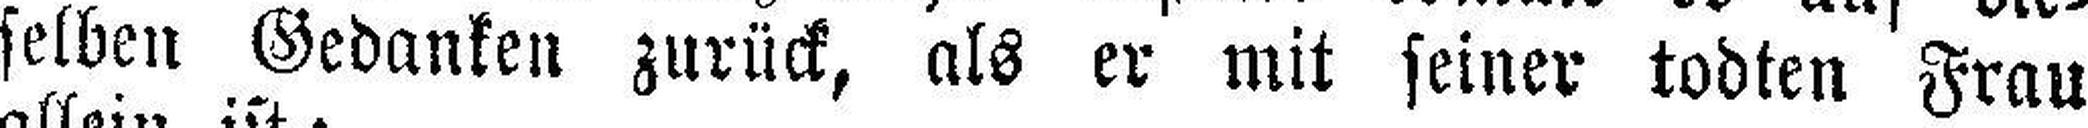
selben Gedanken zurück, als er mit seiner todten Frau